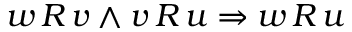
w \, R \, v \wedge v \, R \, u \Rightarrow w \, R \, u